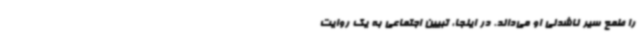
را طمع سیر ناشدنی او می‌داند. در اینجا، تبیین اجتماعی به یک روایت